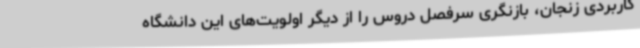
کاربردی زنجان، بازنگری سرفصل دروس را از دیگر اولویت‌های این دانشگاه